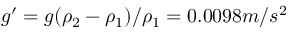
g ^ { \prime } = g ( \rho _ { 2 } - \rho _ { 1 } ) / \rho _ { 1 } = 0 . 0 0 9 8 m / s ^ { 2 }